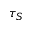
\tau _ { S }